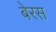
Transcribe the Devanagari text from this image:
बेरस